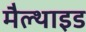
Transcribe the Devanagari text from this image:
मैल्थाइड